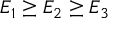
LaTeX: E _ { 1 } \geq E _ { 2 } \geq E _ { 3 }